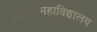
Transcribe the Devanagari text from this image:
व्यापारमहाविद्यालय